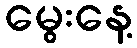
မွေးနေ့